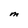
Character: M